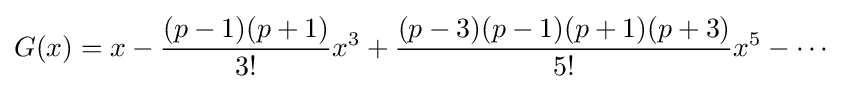
G(x)=x-{\frac {(p-1)(p+1)}{3!}}x^{3}+{\frac {(p-3)(p-1)(p+1)(p+3)}{5!}}x^{5}-\cdots